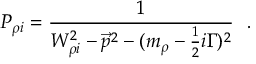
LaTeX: P _ { \rho i } = { \frac { 1 } { W _ { \rho i } ^ { 2 } - { \vec { p } } ^ { 2 } - ( m _ { \rho } - { \frac { 1 } { 2 } } i \Gamma ) ^ { 2 } } } ~ ~ .